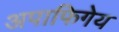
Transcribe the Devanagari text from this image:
अपाफिगेय